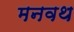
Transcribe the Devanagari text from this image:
मनवथ